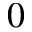
0